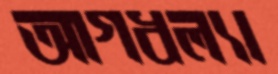
আগধল্যা